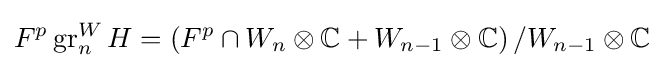
F^{p}\operatorname {gr} _{n}^{W}H=\left(F^{p}\cap W_{n}\otimes \mathbb {C} +W_{n-1}\otimes \mathbb {C} \right)/W_{n-1}\otimes \mathbb {C}